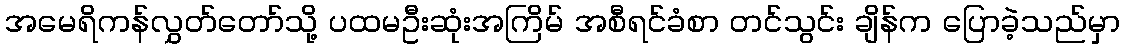
အမေရိကန်လွှတ်တော်သို့ ပထမဦးဆုံးအကြိမ် အစီရင်ခံစာ တင်သွင်း ချိန်က ပြောခဲ့သည်မှာ